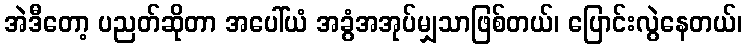
အဲဒီတော့ ပညတ်ဆိုတာ အပေါ်ယံ အခွံအအုပ်မျှသာဖြစ်တယ်၊ ပြောင်းလွဲနေတယ်၊